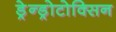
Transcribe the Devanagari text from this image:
ड्रेन्ड्रोटोक्सिन